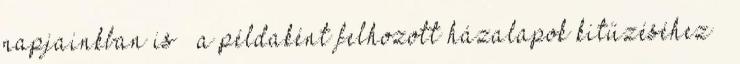
napjainkban is – a példaként felhozott házalapok kitűzéséhez –